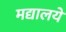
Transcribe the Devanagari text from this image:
मद्यालये